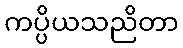
ကပ္ပိယသညိတာ